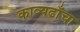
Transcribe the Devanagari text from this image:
काव्यढाँचा